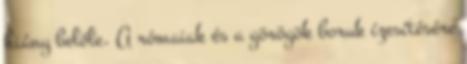
hiány belőle. A rómaiak és a görögök boruk ízesítésére